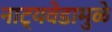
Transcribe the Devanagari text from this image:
नाट्यवेडामुळे